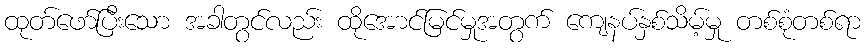
ထုတ်ဖော်ပြီးသော အခါတွင်လည်း ထိုအောင်မြင်မှုအတွက် ကျေနပ်နှစ်သိမ့်မှု တစ်စုံတစ်ရာ